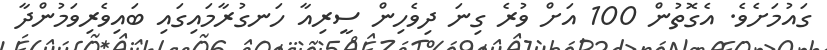
ގައުމަށެވެ. އެގޮތުން 100 އަށް ވުރެ ގިނަ ދިވެހިން ސީރިއާ ހަނގުރާމައިގައި ބައިވެރިވަމުންދާ